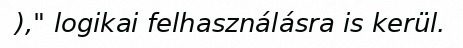
)," logikai felhasználásra is kerül.